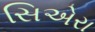
સિએરા